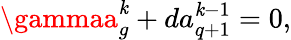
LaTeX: \gammaa_{g}^{\mathit{k}}+da_{q+1}^{\mathit{k}-1}=0,